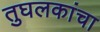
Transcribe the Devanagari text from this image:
तुघलकांचा